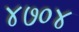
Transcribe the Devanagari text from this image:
४७०४